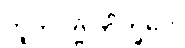
ဘူတပုဗ္ဗံ ဘိက္ခဝေ၊